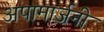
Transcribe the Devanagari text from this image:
अपामार्जनी